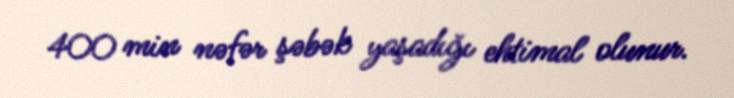
400 min nəfər şəbək yaşadığı ehtimal olunur.